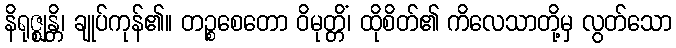
နိရုဇ္ဈန္တိ၊ ချုပ်ကုန်၏။ တဉ္စစေတော ဝိမုတ္တိံ၊ ထိုစိတ်၏ ကိလေသာတို့မှ လွတ်သော